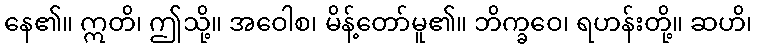
နေ၏။ ဣတိ၊ ဤသို့။ အဝေါစ၊ မိန့်တော်မူ၏။ ဘိက္ခဝေ၊ ရဟန်းတို့။ ဆဟိ၊